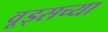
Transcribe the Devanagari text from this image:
वूड्सच्या